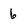
Character: 6